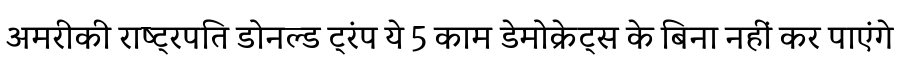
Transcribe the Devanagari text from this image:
अमरीकी राष्ट्रपति डोनल्ड ट्रंप ये 5 काम डेमोक्रेट्स के बिना नहीं कर पाएंगे